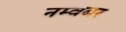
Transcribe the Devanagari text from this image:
नम्वबर